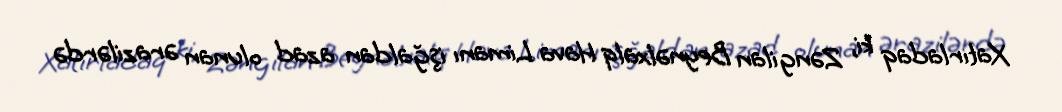
Xatırladaq ki, Zəngilan Beynəlxalq Hava Limanı işğaldan azad olunan ərazilərdə